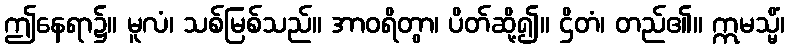
ဤနေရာ၌။ မူလံ၊ သစ်မြစ်သည်။ အာဝရိတွာ၊ ပိတ်ဆို့၍။ ဌိတံ၊ တည်၏။ ဣမသ္မိံ၊